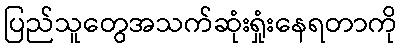
ပြည်သူတွေအသက်ဆုံးရှုံးနေရတာကို